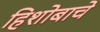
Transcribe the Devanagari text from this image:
हिशोबाचे